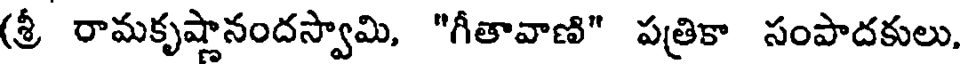
(శ్రీ రామకృష్ణానందస్వామి, "గీతావాణి" పత్రికా సంపాదకులు,